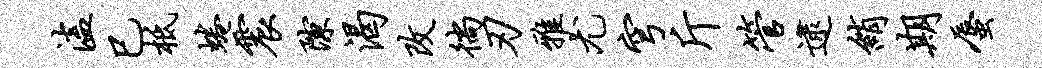
溘巳柢蜷震隙渴改徜刃雅尤穹斤管逮绡期蜃